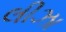
લીઝા